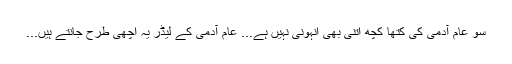
سو عام آدمی کی کتھا کچھ اتنی بھی انہونی نہیں ہے... عام آدمی کے لیڈر یہ اچھی طرح جانتے ہیں...